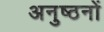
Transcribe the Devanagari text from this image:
अनुष्ठनों